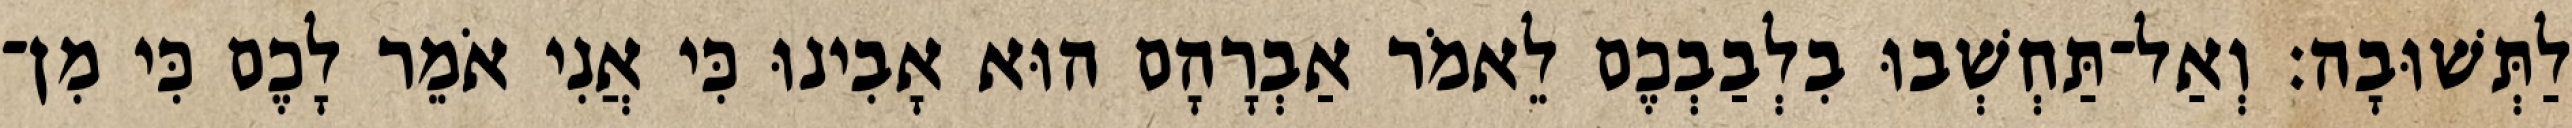
לַתְּשׁוּבָה׃ וְאַל־תַּחְשְׁבוּ בִלְבַבְכֶם לֵאמֹר אַבְרָהָם הוּא אָבִינוּ כִּי אֲנִי אֹמֵר לָכֶם כִּי מִן־